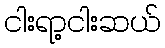
ငါးရာ့ငါးဆယ်